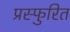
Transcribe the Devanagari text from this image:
प्रस्फुरित